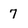
Character: 7